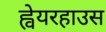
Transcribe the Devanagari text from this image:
ह्वेयरहाउस